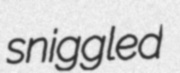
sniggled